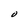
Character: O